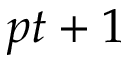
p t + 1